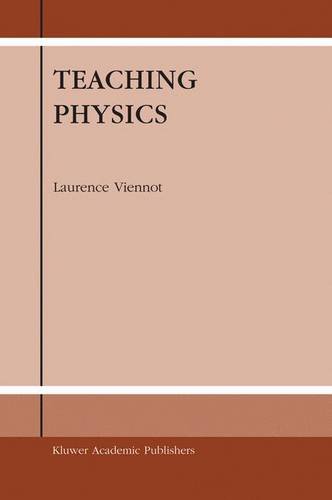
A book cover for Teaching Physics; Laurence Viennot; Science & Math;